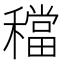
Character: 𥢷